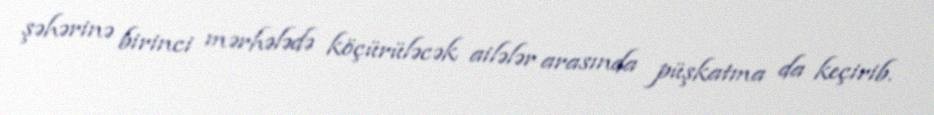
şəhərinə birinci mərhələdə köçürüləcək ailələr arasında püşkatma da keçirib.